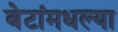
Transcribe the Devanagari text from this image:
बेटांमधल्या